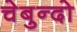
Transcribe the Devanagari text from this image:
चेबुन्दो